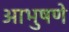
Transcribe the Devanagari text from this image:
आभुषणे